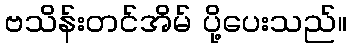
ဗသိန်းတင်အိမ် ပို့ပေးသည်။